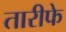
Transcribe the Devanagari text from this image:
तारीफे